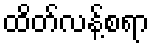
ထိတ်လန့်စရာ